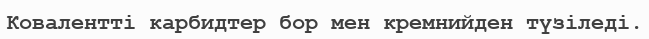
Ковалентті карбидтер бор мен кремнийден түзіледі.